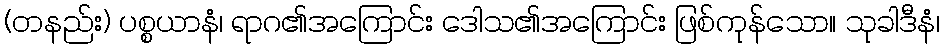
(တနည်း) ပစ္စယာနံ၊ ရာဂ၏အကြောင်း ဒေါသ၏အကြောင်း ဖြစ်ကုန်သော။ သုခါဒီနံ၊